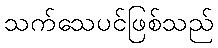
သက်သေပင်ဖြစ်သည်